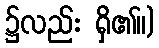
၌လည်း ရှိ၏။)